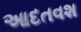
આદતવશ